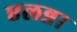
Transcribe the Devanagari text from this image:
एलन्ना